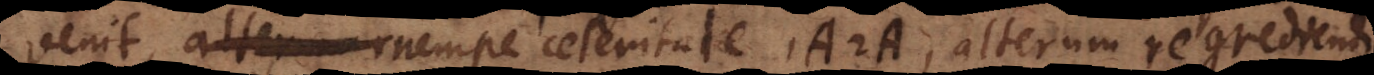
venit, nempe celeritate A A, alterum regrediendi